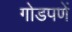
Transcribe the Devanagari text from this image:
गोडपणें